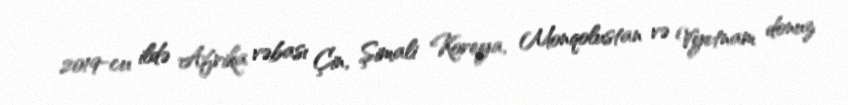
2019-cu ildə Afrika vəbası Çin, Şimali Koreya, Monqolustan və Vyetnam donuz